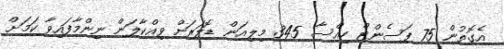
އެގޮތުން 75 ޕަސެންޓް ހިއްސާ 345 މިލިއަން ޑޮލަރަށް ވިއްކާލަން ނިންމާފައިވާ ކަމަށް